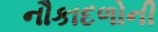
નૌકાદળોની